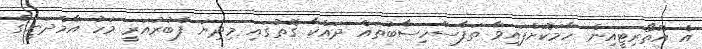
އެ އޮތޯރިޓީއިން ހާމަކޮށްފައިވާ ތަފާސްހިސާބުތައް ދައްކާ ގޮތުގައި މިދިޔަ ފެބުރުއަރީ މަހު އާމްދަނީގެ